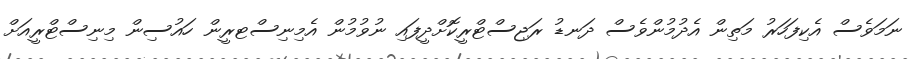
ނަމަވެސް އެކިފަހަރު މަތިން އެދުމުންވެސް ދަނޑު ރަޖިސްޓްރީކޮށްދީފައި ނުވުމުން އެމިނިސްޓރީން ހައުސިން މިނިސްޓްރީއަށް